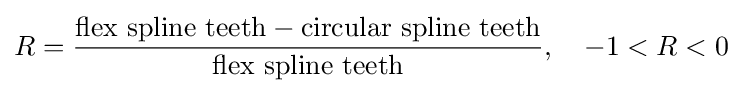
R={\frac {{\text{flex spline teeth}}-{\text{circular spline teeth}}}{\text{flex spline teeth}}},\quad -1<R<0